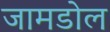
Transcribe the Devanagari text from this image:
जामडोल